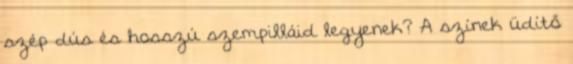
szép dús és hosszú szempilláid legyenek? A színek üdítő